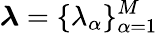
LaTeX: \boldsymbol{\lambda}=\{ \lambda_{\alpha}\} _{\alpha=1}^{M}